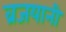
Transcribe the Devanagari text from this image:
व्रजयानी